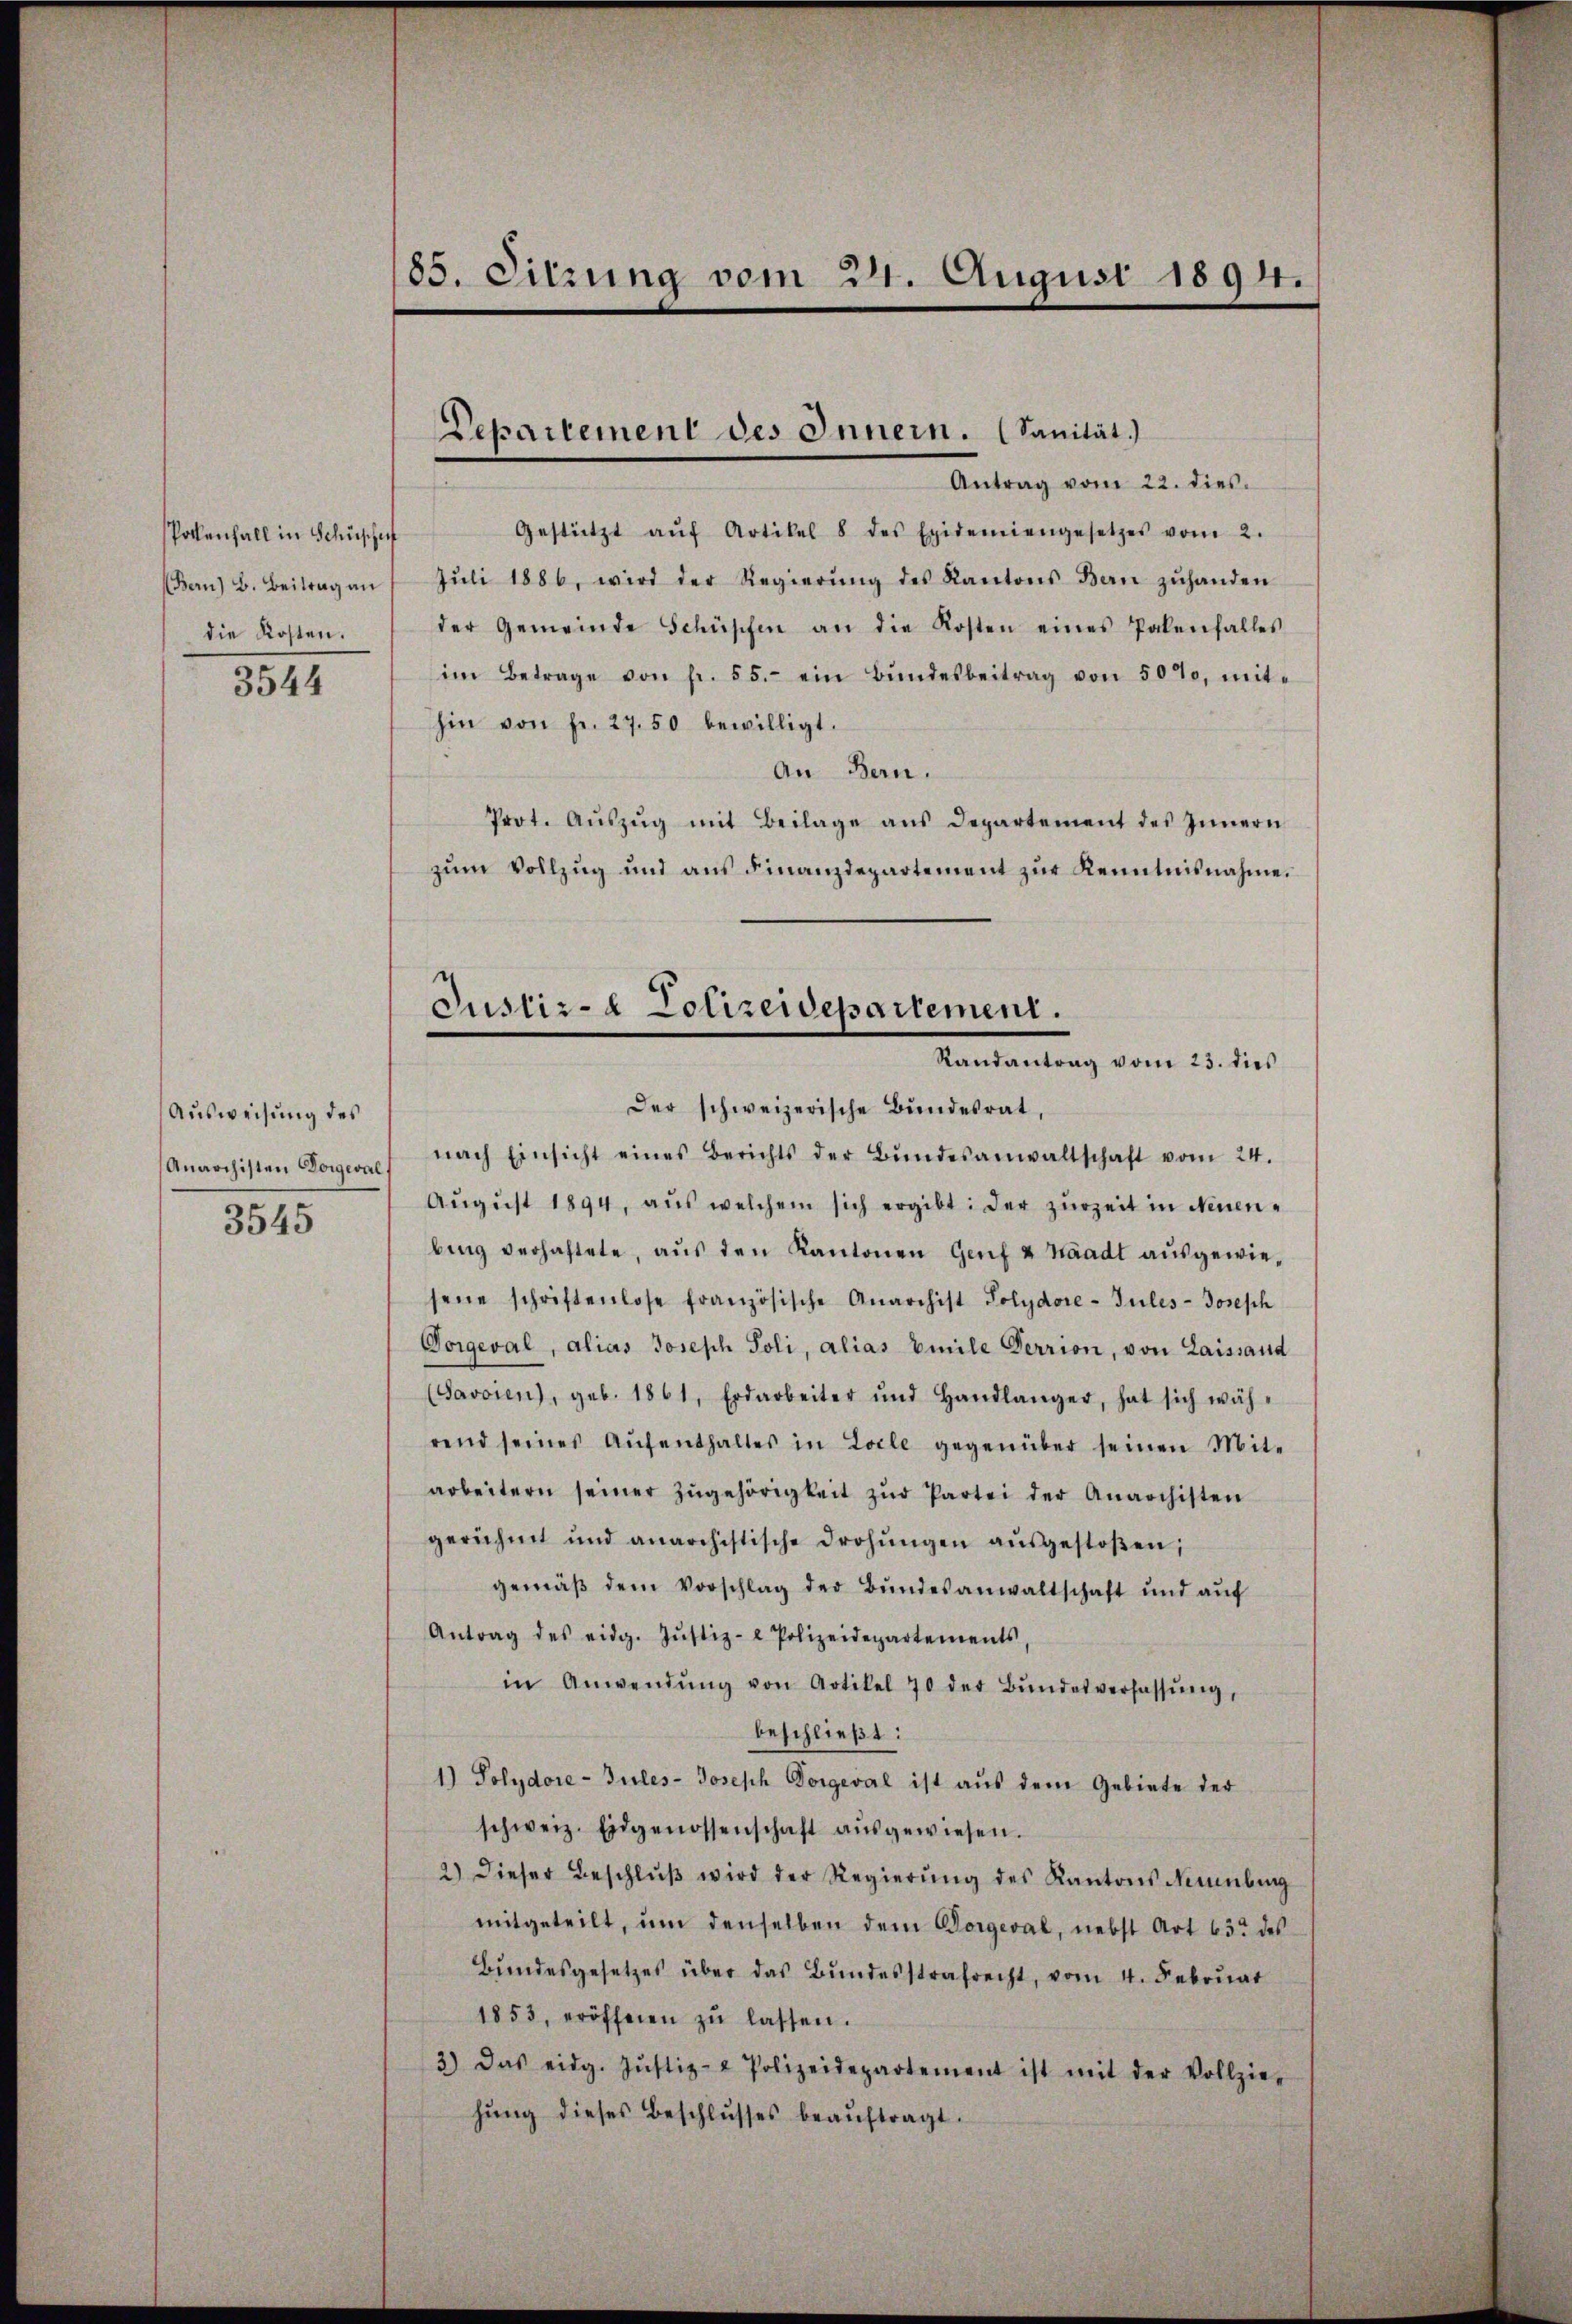
Pollenfall in Schuschaf
die Kosten.
3544

Ausweisung des
Anarchisten Vorgeval
3545

85. Sitzung vom 24. August 1894.

Antrag vom 22. dies
Gestützt aŭf Artikel 8 des Epidemiengesetzes vom 2.
(Bern) B. Beitrag an Jŭli 1886, wird der Regierŭng des Kantons Bern zŭhanden
der Gemeinde Schüpfen an die Kosten eines Palenfalles
im Betrage von fr. 55. ein Bŭndesbeitrag von 5000, mit-
hin von fr. 27.50 bewilligt.
An Bern.
Prot. Aŭszŭg mit Beilage ans Departement des Innern
zŭm Vollzug und ans Finanzdepartement zŭr Kenntnisnahme.
Der schweizerische Bundesrat,
nach Einsicht eines Berichts der Bŭndesanwaltschaft vom 24.
Aŭgŭst 1894, aŭs welchem sich ergibt: der zŭrzeit in Neuen-
bing verhaftete, aus den Kantonen Genf & Waadt ausgewiesene schriftenlose französische Anarchist Polydore-Jules-Joseph
Vorgeval, alias Joseph Soli, alias Emile Verrion, von Laissand
(Javoien), geb. 1861, Erdarbeiter und Handlanger, hat sich wäh-
rend seines Aŭfenthaltes in Locle gegenüber seinen Mit-
arbeitern seiner zŭgehörigkeit zŭr Partei der Anarchisten
gerühmt und anarchistische drohŭngen aŭsgestoβen;
gemäβ dem Vorschlag der Bŭndesanwaltschaft und aŭf
Antrag des eidg. Jŭstiz- & Polizeidepartements
in Anwendŭng von Artikel 70 der Bŭndesverfassŭng,
beschließt:
1) Polydore-Jules-Joseph Dorgeval ist aus dem Gebiete der
schweiz. Eidgenossenschaft aŭsgewiesen.
2.) Dieser Beschlŭβ wird der Regierŭng des Kantons Neunburg
mitgeteilt, ŭm denselben dem Vorgeval, nebst Art 63 des
Bŭndesgesetzes über das Bŭndesstrafrecht, vom 4. Febrŭar
1853, eröffenen zŭ lassen.
3) Das eidg. Jŭstiz- & Polizeidepartement ist mit der Vollzie-
hŭng dieses Beschlŭsses beaŭftragt.

Departement des Innern. (Sanität.)

Justiz- & Polizeidepartement.
Randantrag vom 23. dies